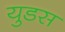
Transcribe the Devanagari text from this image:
युडस